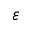
\varepsilon